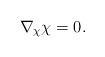
\begin{align*}\nabla_{\chi}{\chi}=0.\end{align*}